Civil Veterinary Dept. Bombay admin report 1893-99 - 1893-1899
Year: 1893
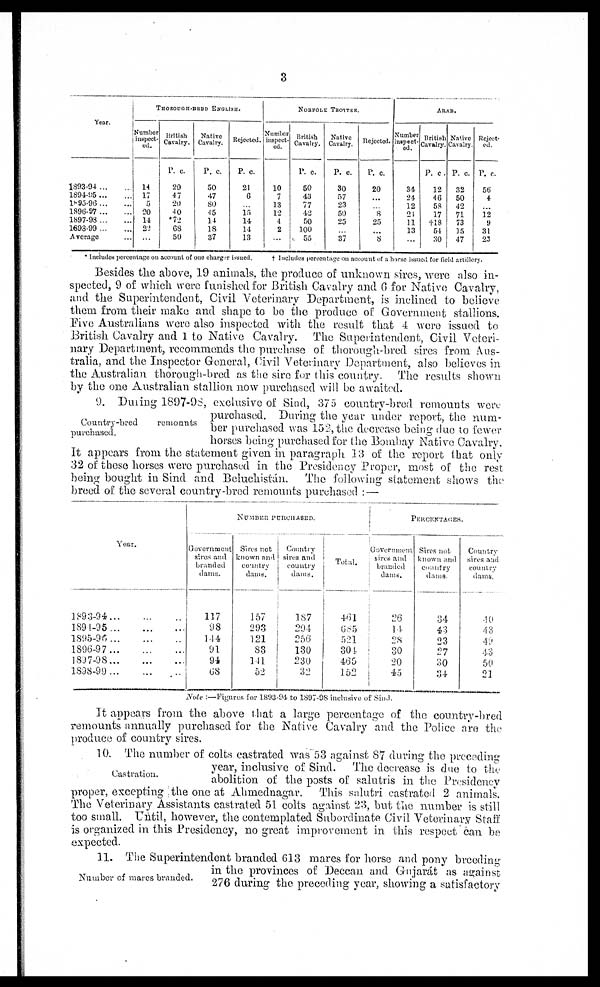
3
Year.
1893-94 ... ...
1894-95 ... ...
1895-96 ... ...
1896-97 ... ...
1897-98 ... ...
1898-99 ... ...
Average ...
THOROUGH-BRED ENGLISH.
Number
inspect¬
ed.
14
17
5
20
14
22
...
British
Cavalry.
P. c.
29
47
20
40
*72
68
50
Native
Cavalry.
P. c.
50
47
80
45
14
18
37
Rejected.
P. c.
21
6
...
15
14
14
13
NORFOLK TROTTER.
Number
inspect¬
ed.
10
7
13
12
4
2
...
British
Cavalry.
P. c.
50
43
77
42
50
100
55
Native
Cavalry.
P. c.
30
57
23
50
25
...
37
Rejected.
P. c.
20
...
...
8
25
...
8
ARAB.
Number
inspect-
ed.
34
24
12
24
11
13
...
British
Cavalry.
P. c.
12
46
58
17
†l8
54
30
Native
Cavalry.
P. c
32
50
42
71
73
15
47
Reject¬
ed.
P. c
56
4
...
12
9
31
23
* Includes percentage on account of one charger issued † Includes percentages on account of a horse issued for field artillery.
Besides the above, 19 animals, the produce of unknown sires, wore also in-
spected, 9 of which were funished for British Cavalry and 6 for Native Cavalry,
and the Superintendent, Civil Veterinary Department, is inclined to believe
them from their make and shape to be the produce of Government stallions.
Five Australians were also inspected with the result that 4 were issued to
British Cavalry and 1 to Native Cavalry. The Superintendent, Civil Veteri-
nary Department, recommends the purchase of thorough-bred sires from Aus-
tralia, and the Inspector General, Civil Veterinary Department, also believes in
the Australian thorough-bred as the sire for this country. The results shown
by the one Australian stallion now purchased will be awaited.
Country-bred
remounts
purchased.
9. During 1897-98, exclusive of Sind, 375 country-bred remounts were
purchased. During the year under report, the num-
ber purchased was 152, the decrease being due to fewer
horses being purchased for the Bombay Native Cavalry.
It appears from the statement given in paragraph 13 of the report that only
32 of these horses were purchased in the Presidency Proper, most of the rest
being bought in Sind and Beluchistán. The following statement shows the
breed of the several country-bred remounts purchased: —
Year.
1893-94
...
...
...
1894-95 ... ... ...
1895-96 ... ... ...
1896-97
...
...
...
1897-98
...
...
...
1898-99 ... ... ...
NUMBER PURCHASED.
Government
sires and
branded
dams.
117
98
144
91
94
68
Sires not
known and
country
dams.
157
293
121
83
141
52
Country
sires and
country
dams.
187
294
256
130
230
32
Total.
461
685
521
304
465
152
PERCENTAGES.
Government
sires and
branded
dams.
26
14
28
30
20
45
Sires not
known and
country
dams.
34
43
23
27
30
34
Country
sires and
country
dams.
40
43
49
43
50
21
Note:—Figures for 1893-94 to 1897-98 inclusive of Sind.
It appears from the above that a large percentage of the country-bred
remounts annually purchased for the Native Cavalry and the Police are the
produce of country sires.
Castration.
10. The number of colts castrated was 53 against 87 during the preceding
year, inclusive of Sind. The decrease is due to the
abolition of the posts of salutris in the Presidency
proper, excepting the one at Ahmednagar. This salutri castrated 2 animals.
The Veterinary Assistants castrated 51 colts against 23, but the number is still
too small. Until, however, the contemplated Subordinate Civil Veterinary Staff
is organized in this Presidency, no great improvement in this respect can be
expected.
Number of mares branded.
11. The Superintendent branded 613 mares for horse and pony breeding
in the provinces of Deccan and Gujarát as against
276 during the preceding year, showing a satisfactory